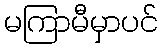
မကြာမီမှာပင်